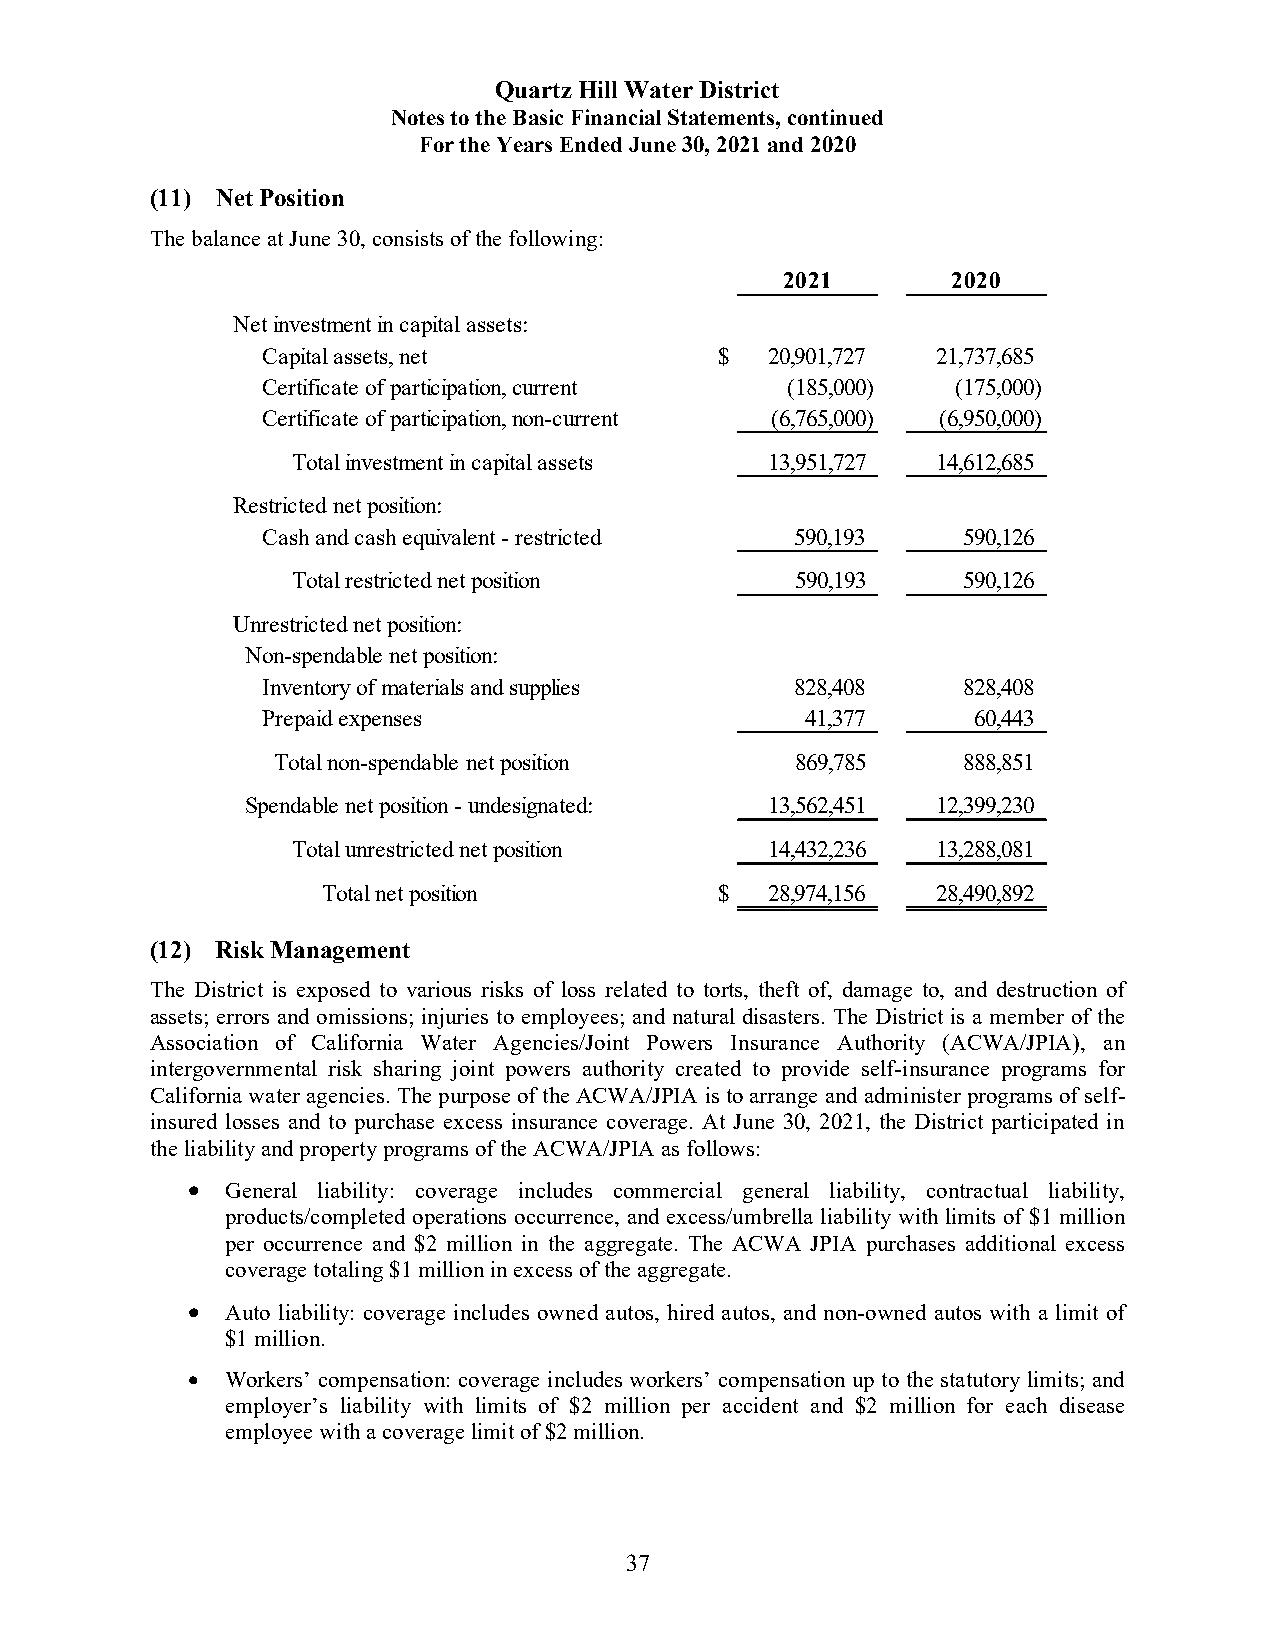
Quartz Hill Water District
 Notes to the Basic Financial Statements, continued
 For the Years Ended June 30, 2021 and 2020
 (11) Net Position
 The balance at June 30, consists of the following:
 2021       2020
 Net investment in capital assets:
 Capital assets, net            $  20,901,727 21,737,685
 Certificate of participation, current (185,000) (175,000)
 Certificate of participation, non-current (6,765,000) (6,950,000)
 Total investment in capital assets 13,951,727 1 4,612,685
 Restricted net position:
 Cash and cash equivalent - restricted 590,193  590,126
 Total restricted net position     590,193    590,126
 Unrestricted net position:
 Non-spendable net position:
 Inventory of materials and supplies 828,408    828,408
 Prepaid expenses                    41,377      60,443
 Total non-spendable net position   869,785    888,851
 Spendable net position - undesignated: 13,562,451 1 2,399,230
 Total unrestricted net position 14,432,236 1 3,288,081
 Total net position         $  28,974,156 28,490,892
 (12) Risk Management
 The District is exposed to various risks of loss related to torts, theft of, damage to, and destruction of
 assets; errors and omissions; injuries to employees; and natural disasters. The District is a member of the
 Association of California Water Agencies/Joint Powers Insurance Authority (ACWA/JPIA), an
 intergovernmental risk sharing joint powers authority created to provide self-insurance programs for
 California water agencies. The purpose of the ACWA/JPIA is to arrange and administer programs of self-
 insured losses and to purchase excess insurance coverage. At June 30, 2021, the District participated in
 the liability and property programs of the ACWA/JPIA as follows:
   General liability: coverage includes commercial general liability, contractual liability,
 products/completed operations occurrence, and excess/umbrella liability with limits of $1 million
 per occurrence and $2 million in the aggregate. The ACWA JPIA purchases additional excess
 coverage totaling $1 million in excess of the aggregate.
   Auto liability: coverage includes owned autos, hired autos, and non-owned autos with a limit of
 $1 million.
   Workers’ compensation: coverage includes workers’ compensation up to the statutory limits; and
 employer’s liability with limits of $2 million per accident and $2 million for each disease
 employee with a coverage limit of $2 million.
 37